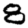
Digit: 8